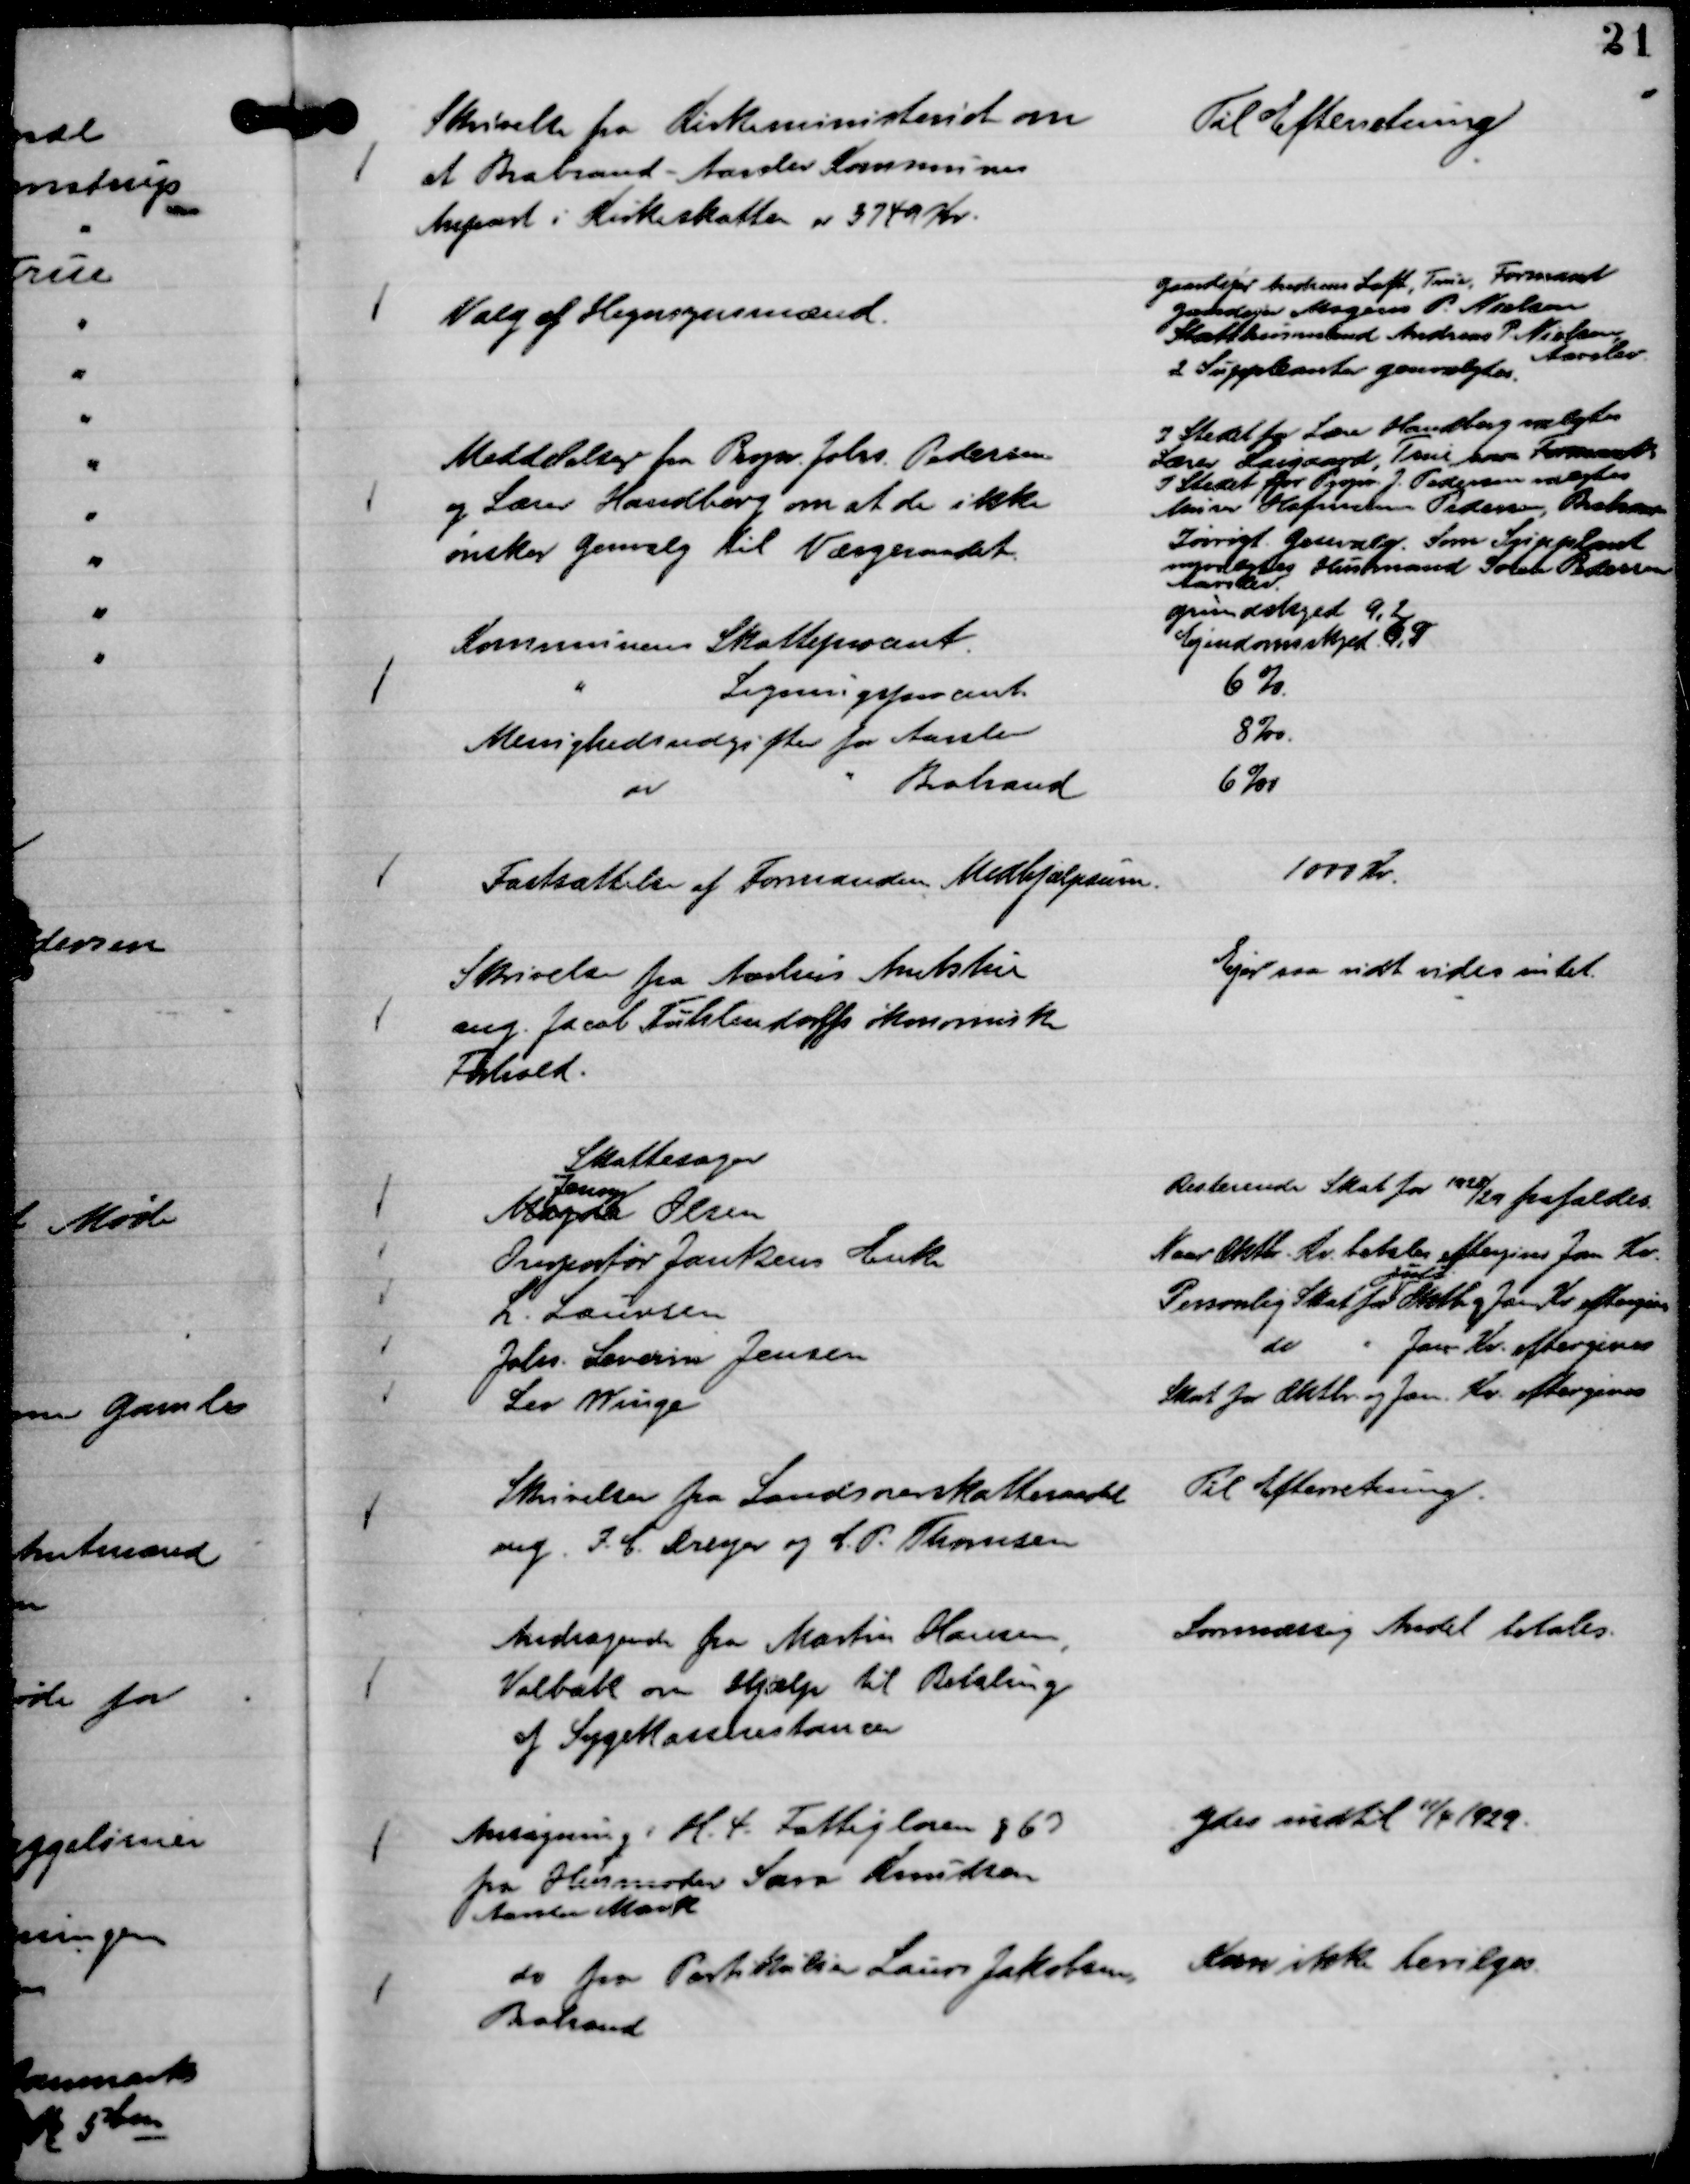
Transskription:
Skrivelse fra Kirkeministeriet om
at Brabrand - Aarslev Kommunes
Anpart i Kirkeskatten er 3749 Kr.

Til Efterretning

Valg af Hegnsynsmænd.

Gaardejer Andreas Loft, True, Formand
Gaardejer Mogens P. Nielsen
Statshusmand Andreas P. Nielsen,
Aarslev.
2 Suppleanter genvalgtes.

Meddelelser fra Propr. Johs. Pedersen
og Lærer Handberg om at de ikke
ønsker genvalg til Værgeraadet.

I Stedet for Lære Handberg valgtes
Lærer Laigaard, True som Formand
I Stedet for Propr. J. Pedersen valgtes
Murer Hofmann Pedersen, Brabrand
Iøvrigt Genvalg. Som Supplant
nyvalgtes Husmand Søren Pedersen
Aarslev.

Kommunens Skatteprocent.
gundskyld 9,2
Ejendomsskyld. 6,9
"
Ligningsprocent.
6%
Menighedsudgifter for Aarslev
8 o/oo
"
" Brabrand
6 o/oo

Fastsættelse af Formandens Medhjælpsum.

1000 Kr.

Skrivelse fra Aarhus Amtstue
ang. Jacob Fuhlendorffs økonomiske
Forhold.

Ejer saa vidt vides intet.

Skattesager
Magda
Jenny
Olsen
Resterende Skat for 1928/29 frafaldes
Overportør Jantzens Enke
Naar Oktbr. Kv. betales eftergiver Jan Kv.
L. Laursen
Personlig Skat for
Juli
Oktbr og Jan Kv. eftergives
Johs. Severin Jensen
do " Jan Kv. eftergives
Leo Winge
Skat for Oktbr. og Jan. Kv. eftergives

Skrivelse fra Landsoverskatteraadet
ang. I. C. Dreyer og C. P. Thomsen

Til Efterretning.

Andragende fra Martin Hansen,
Volbæk om Hjælp til Betaling
af Sygekasserestancer

Lovmæssig Andel betales.

Ansøgning i H. t. Fattigloven § 63
fra Husmoder Sara Knudsen
Aarslev Mark

Ydes indtil 11/4 1929.

do fra Partikulier Laurs Jakobsen
Brabrand

Kan ikke bevilges.